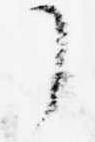
了